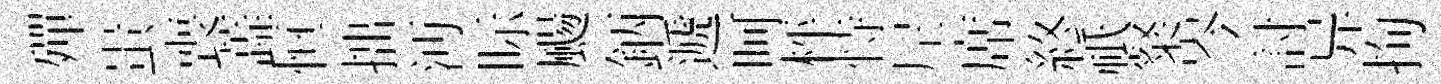
殫蚩喪蕋恒拙沔眎颺鈵遞呵枰恃𡰱席終祇粲岑討异拘